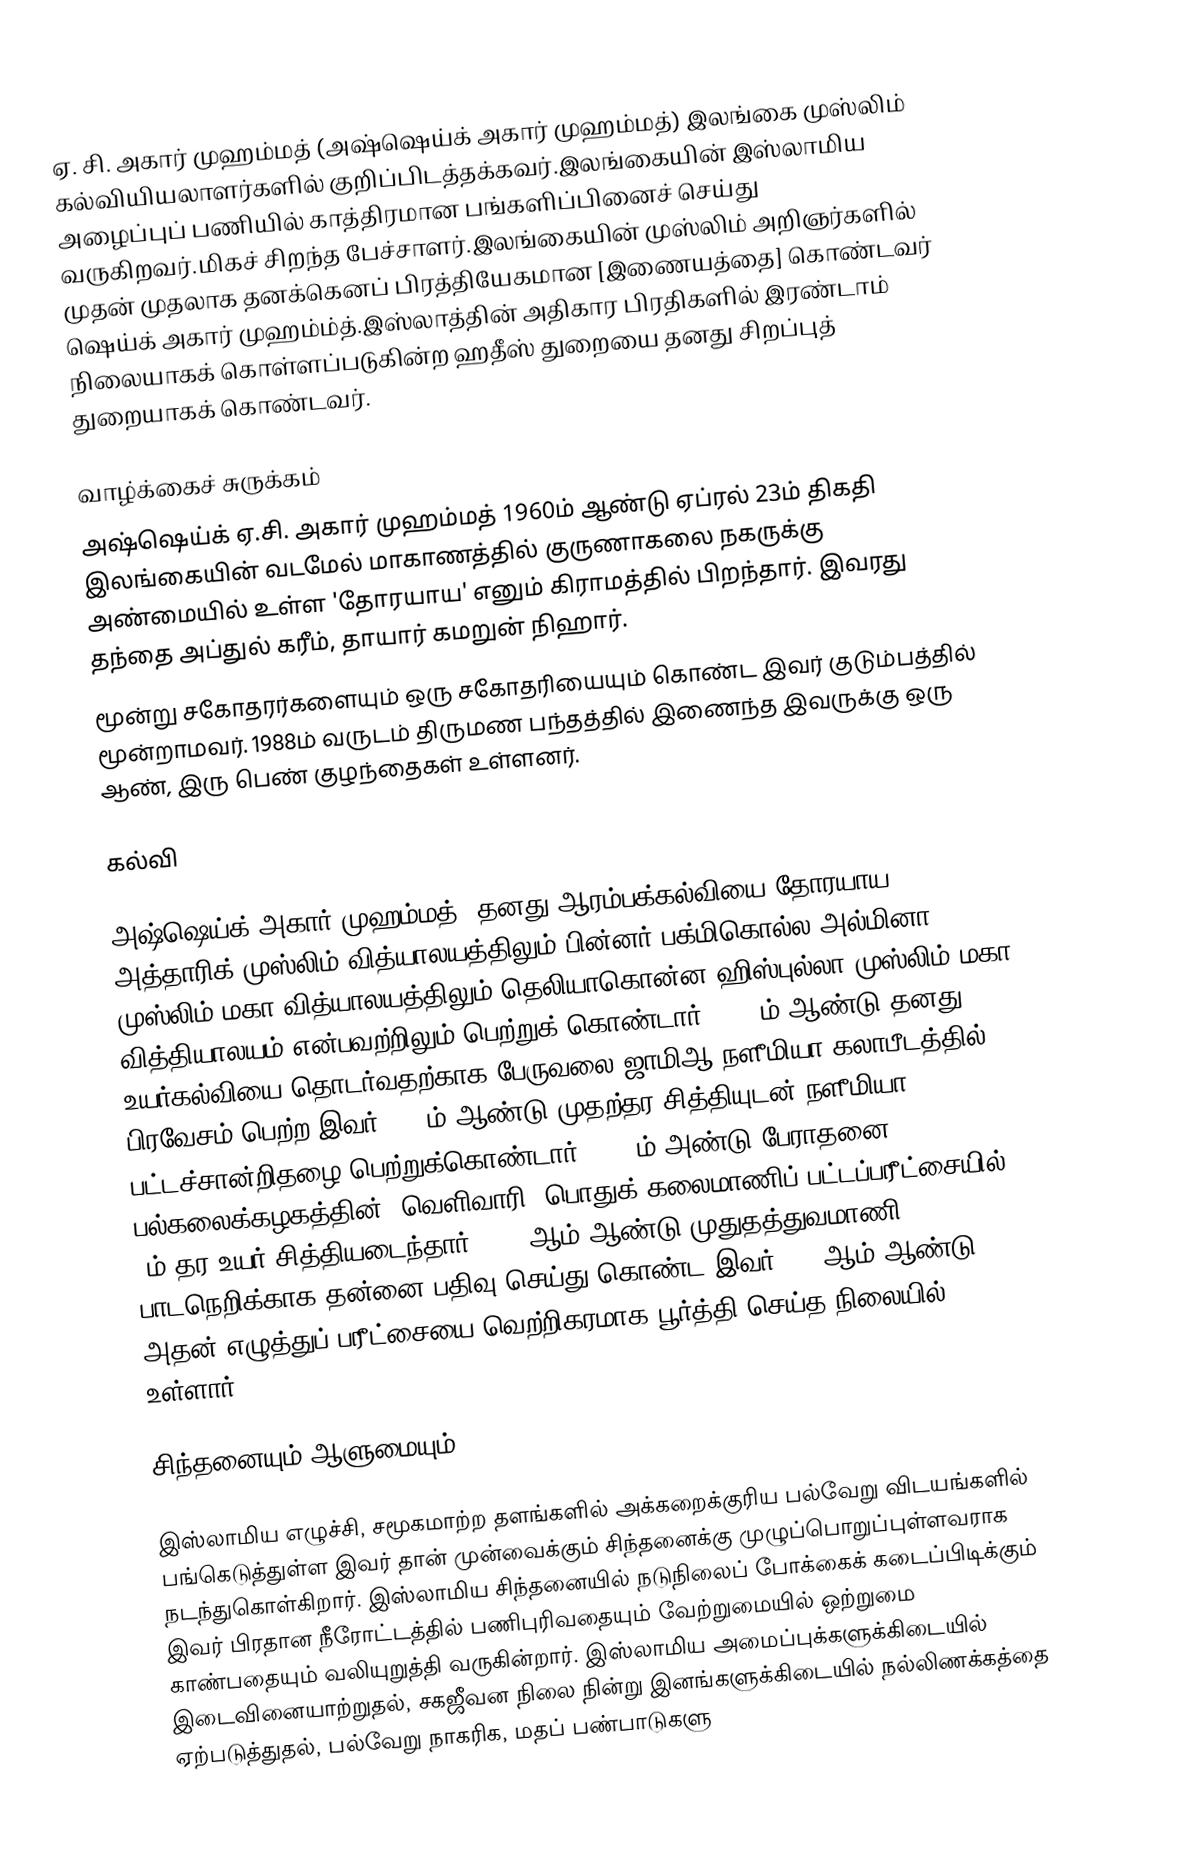
ஏ. சி. அகார் முஹம்மத்  (அஷ்ஷெய்க் அகார் முஹம்மத்) இலங்கை முஸ்லிம் கல்வியியலாளர்களில்  குறிப்பிடத்தக்கவர்.இலங்கையின் இஸ்லாமிய அழைப்புப் பணியில் காத்திரமான பங்களிப்பினைச் செய்து வருகிறவர்.மிகச் சிறந்த பேச்சாளர்.இலங்கையின் முஸ்லிம் அறிஞர்களில் முதன் முதலாக தனக்கெனப் பிரத்தியேகமான [இணையத்தை] கொண்டவர் ஷெய்க் அகார் முஹம்ம்த்.இஸ்லாத்தின் அதிகார பிரதிகளில் இரண்டாம் நிலையாகக் கொள்ளப்படுகின்ற ஹதீஸ் துறையை தனது சிறப்புத் துறையாகக் கொண்டவர்.

வாழ்க்கைச் சுருக்கம்
அஷ்ஷெய்க் ஏ.சி. அகார் முஹம்மத் 1960ம் ஆண்டு ஏப்ரல் 23ம் திகதி இலங்கையின் வடமேல் மாகாணத்தில் குருணாகலை நகருக்கு அண்மையில் உள்ள 'தோரயாய' எனும் கிராமத்தில் பிறந்தார். இவரது தந்தை அப்துல் கரீம், தாயார் கமறுன் நிஹார்.
மூன்று சகோதரர்களையும் ஒரு சகோதரியையும் கொண்ட இவர் குடும்பத்தில் மூன்றாமவர். 1988ம் வருடம் திருமண பந்தத்தில் இணைந்த இவருக்கு ஒரு ஆண், இரு பெண் குழந்தைகள் உள்ளனர்.

கல்வி

அஷ்ஷெய்க் அகார் முஹம்மத்; தனது ஆரம்பக்கல்வியை தோரயாய அத்தாரிக் முஸ்லிம் வித்யாலயத்திலும் பின்னர் பக்மிகொல்ல அல்மினா முஸ்லிம் மகா வித்யாலயத்திலும் தெலியாகொன்ன ஹிஸ்புல்லா முஸ்லிம் மகா வித்தியாலயம் என்பவற்றிலும் பெற்றுக் கொண்டார். 1976ம் ஆண்டு தனது உயர்கல்வியை தொடர்வதற்காக பேருவலை ஜாமிஆ நளீமியா கலாபீடத்தில் பிரவேசம் பெற்ற இவர் 1983ம் ஆண்டு முதற்தர சித்தியுடன் நளீமியா பட்டச்சான்றிதழை பெற்றுக்கொண்டார். 1984ம் அண்டு பேராதனை பல்கலைக்கழகத்தின் (வெளிவாரி) பொதுக் கலைமாணிப் பட்டப்பரீட்சையில் 2ம் தர உயர் சித்தியடைந்தார். 1994ஆம் ஆண்டு முதுதத்துவமாணி பாடநெறிக்காக தன்னை பதிவு செய்து கொண்ட இவர் 1995ஆம் ஆண்டு அதன் எழுத்துப் பரீட்சையை வெற்றிகரமாக பூர்த்தி செய்த நிலையில் உள்ளார்.

சிந்தனையும் ஆளுமையும்

இஸ்லாமிய எழுச்சி, சமூகமாற்ற தளங்களில் அக்கறைக்குரிய பல்வேறு விடயங்களில் பங்கெடுத்துள்ள இவர் தான் முன்வைக்கும் சிந்தனைக்கு முழுப்பொறுப்புள்ளவராக நடந்துகொள்கிறார். இஸ்லாமிய சிந்தனையில் நடுநிலைப் போக்கைக் கடைப்பிடிக்கும் இவர் பிரதான நீரோட்டத்தில் பணிபுரிவதையும் வேற்றுமையில் ஒற்றுமை காண்பதையும் வலியுறுத்தி வருகின்றார். இஸ்லாமிய அமைப்புக்களுக்கிடையில் இடைவினையாற்றுதல், சகஜீவன நிலை நின்று இனங்களுக்கிடையில் நல்லிணக்கத்தை ஏற்படுத்துதல், பல்வேறு நாகரிக, மதப் பண்பாடுகளு